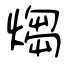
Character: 煼